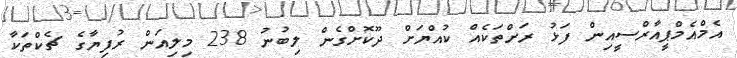
އެމްއެމްޕީއާރްސީއިން ފަޅު ރަށްތަކެއް ކުއްޔަށް ދޫކޮށްގެން ލިބުނު 238 މިލިއަން ރުފިޔާގެ ޗެކްތަކާ